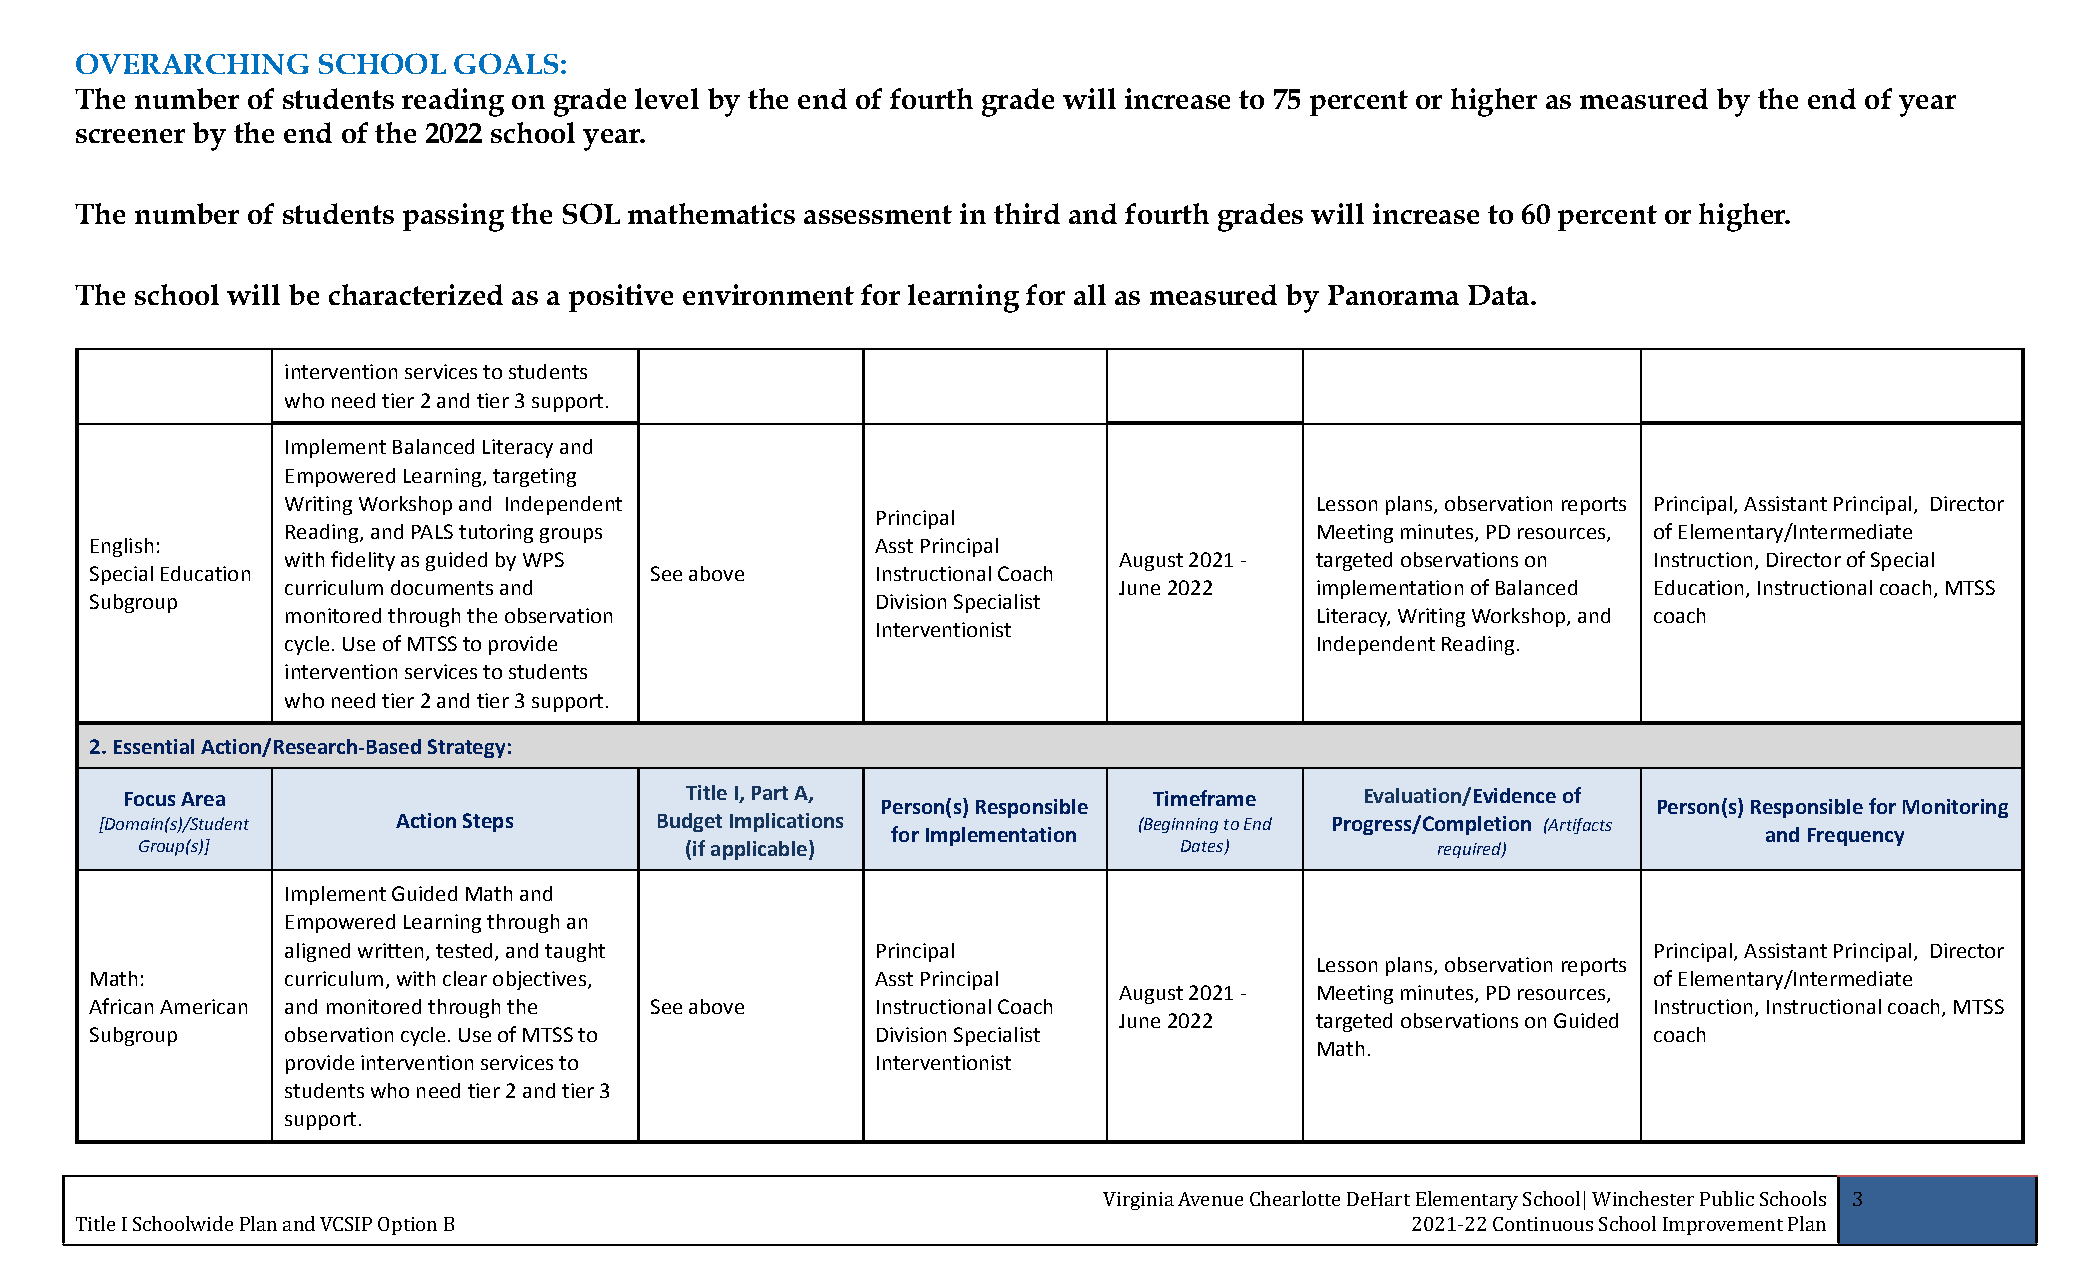
OVERARCHING     SCHOOL   GOALS:
 The number of students reading on grade level by the end of fourth grade will increase to 75 percent or higher as measured by the end of year
 screener by the end of the 2022 school year.
 The number of students passing the SOL mathematics assessment in third and fourth grades will increase to 60 percent or higher.
 The school will be characterized as a positive environment for learning for all as measured by Panorama Data.
 intervention services to students
 who need tier 2 and tier 3 support.
 Implement Balanced Literacy and
 Empowered Learning, targeting
 Writing Workshop and Independent                                    Lesson plans, observation reports Principal, Assistant Principal, Director
 Principal
 Reading, and PALS tutoring groups                                   Meeting minutes, PD resources, of Elementary/Intermediate
 English:                                            Asst Principal
 with fidelity as guided by WPS                         August 2021 - targeted observations on Instruction, Director of Special
 Special Education                    See above      Instructional Coach
 curriculum documents and                               June 2022    implementation of Balanced Education, Instructional coach, MTSS
 Subgroup                                            Division Specialist
 monitored through the observation                                   Literacy, Writing Workshop, and coach
 Interventionist
 cycle. Use of MTSS to provide                                       Independent Reading.
 intervention services to students
 who need tier 2 and tier 3 support.
 2. Essential Action/Research-Based Strategy:
 Focus Area                           Title I, Part A,               Timeframe     Evaluation/Evidence of
 Person(s) Responsible                               Person(s) Responsible for Monitoring
 [Domain(s)/Student Action Steps     Budget Implications             (Beginning to End Progress/Completion (Artifacts
 for Implementation                                        and Frequency
 Group(s)]                           (if applicable)                  Dates)           required)
 Implement Guided Math and
 Empowered Learning through an
 aligned written, tested, and taught    Principal                                          Principal, Assistant Principal, Director
 Lesson plans, observation reports
 Math:        curriculum, with clear objectives,     Asst Principal                                     of Elementary/Intermediate
 August 2021 - Meeting minutes, PD resources,
 African American and monitored through the See above Instructional Coach                               Instruction, Instructional coach, MTSS
 June 2022    targeted observations on Guided
 Subgroup     observation cycle. Use of MTSS to      Division Specialist                                coach
 Math.
 provide intervention services to       Interventionist
 students who need tier 2 and tier 3
 support.
 Virginia Avenue Chearlotte DeHart Elementary School| Winchester Public Schools 3
 Title I Schoolwide Plan and VCSIP Option B                                              2021-22 Continuous School Improvement Plan